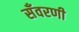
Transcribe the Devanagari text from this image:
सँवरणी